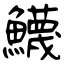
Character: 鱴